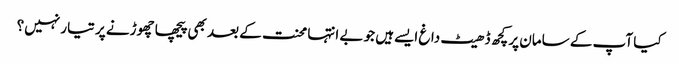
کیا آپ کے سامان پر کچھ ڈھیٹ داغ ایسےہیں جو بے انتہا محنت کے بعد بھی پیچھا چھوڑنے پر تیار نہیں؟